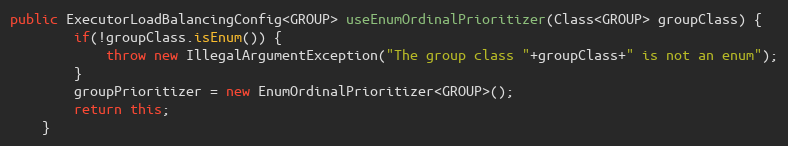
Language: Java
public ExecutorLoadBalancingConfig<GROUP> useEnumOrdinalPrioritizer(Class<GROUP> groupClass) {
        if(!groupClass.isEnum()) {
            throw new IllegalArgumentException("The group class "+groupClass+" is not an enum");
        }
        groupPrioritizer = new EnumOrdinalPrioritizer<GROUP>();
        return this;
    }